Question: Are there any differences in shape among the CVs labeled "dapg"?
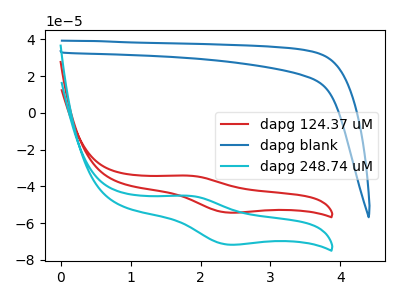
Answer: <think>The red curve "dapg 124.37 uM" has an anodic peak at (1.85V, -34.15uA) and a cathodic peak at (2.40V, -54.30uA). The blue curve "dapg blank" has no peaks. The cyan curve "dapg 248.74 uM" has an anodic peak at (1.85V, -45.10uA) and a cathodic peak at (2.40V, -71.70uA).
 "dapg 124.37 uM" and "dapg blank" have a different number of peaks. All the peaks in "dapg 124.37 uM" have a peak in "dapg 248.74 uM" at the same potential. "dapg blank" and "dapg 248.74 uM" have a different number of peaks.</think>
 <answer>All the CV's of "dapg" have similar shape.</answer>
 <eval>follow_rule</eval>